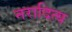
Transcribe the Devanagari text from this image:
नरादित्य